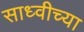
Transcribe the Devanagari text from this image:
साध्वीच्या